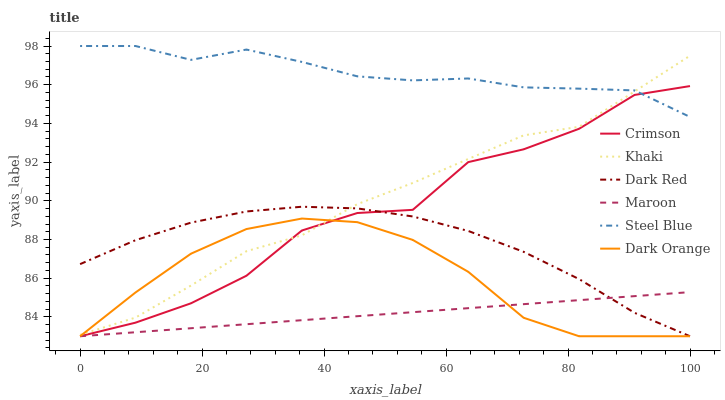
| xaxis_label | Crimson | Khaki | Dark Red | Maroon | Steel Blue | Dark Orange |
 | --- | --- | --- | --- | --- | --- | --- |
 | 0 | 83 | 83.1 | 86.7 | 83 | 98 | 83 |
 | 9.09 | 83.7 | 84 | 88 | 83.2 | 98 | 85.3 |
 | 18.2 | 84.7 | 85.6 | 88.9 | 83.4 | 97.3 | 87.3 |
 | 27.3 | 86.1 | 87.4 | 89.4 | 83.6 | 97.8 | 88.5 |
 | 36.4 | 88.5 | 88.2 | 89.7 | 83.8 | 97.2 | 89.1 |
 | 45.5 | 89.4 | 89.8 | 89.6 | 84 | 96.4 | 88.9 |
 | 54.5 | 89.5 | 90.9 | 89.2 | 84.2 | 96.2 | 88 |
 | 63.6 | 92 | 92.2 | 88.4 | 84.5 | 96.3 | 86.3 |
 | 72.7 | 92.7 | 93.4 | 87.4 | 84.7 | 95.9 | 84 |
 | 81.8 | 93.7 | 93.8 | 86 | 84.9 | 95.8 | 83 |
 | 90.9 | 95.5 | 95.6 | 84.2 | 85.1 | 95.7 | 83 |
 | 100 | 95.9 | 97.5 | 83 | 85.3 | 94.3 | 83 |